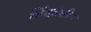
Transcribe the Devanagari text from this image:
हिंदूवंशीय